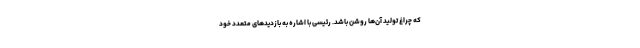
که چراغ تولید آن‌ها روشن باشد. رئیسی با اشاره به بازدیدهای متعدد خود